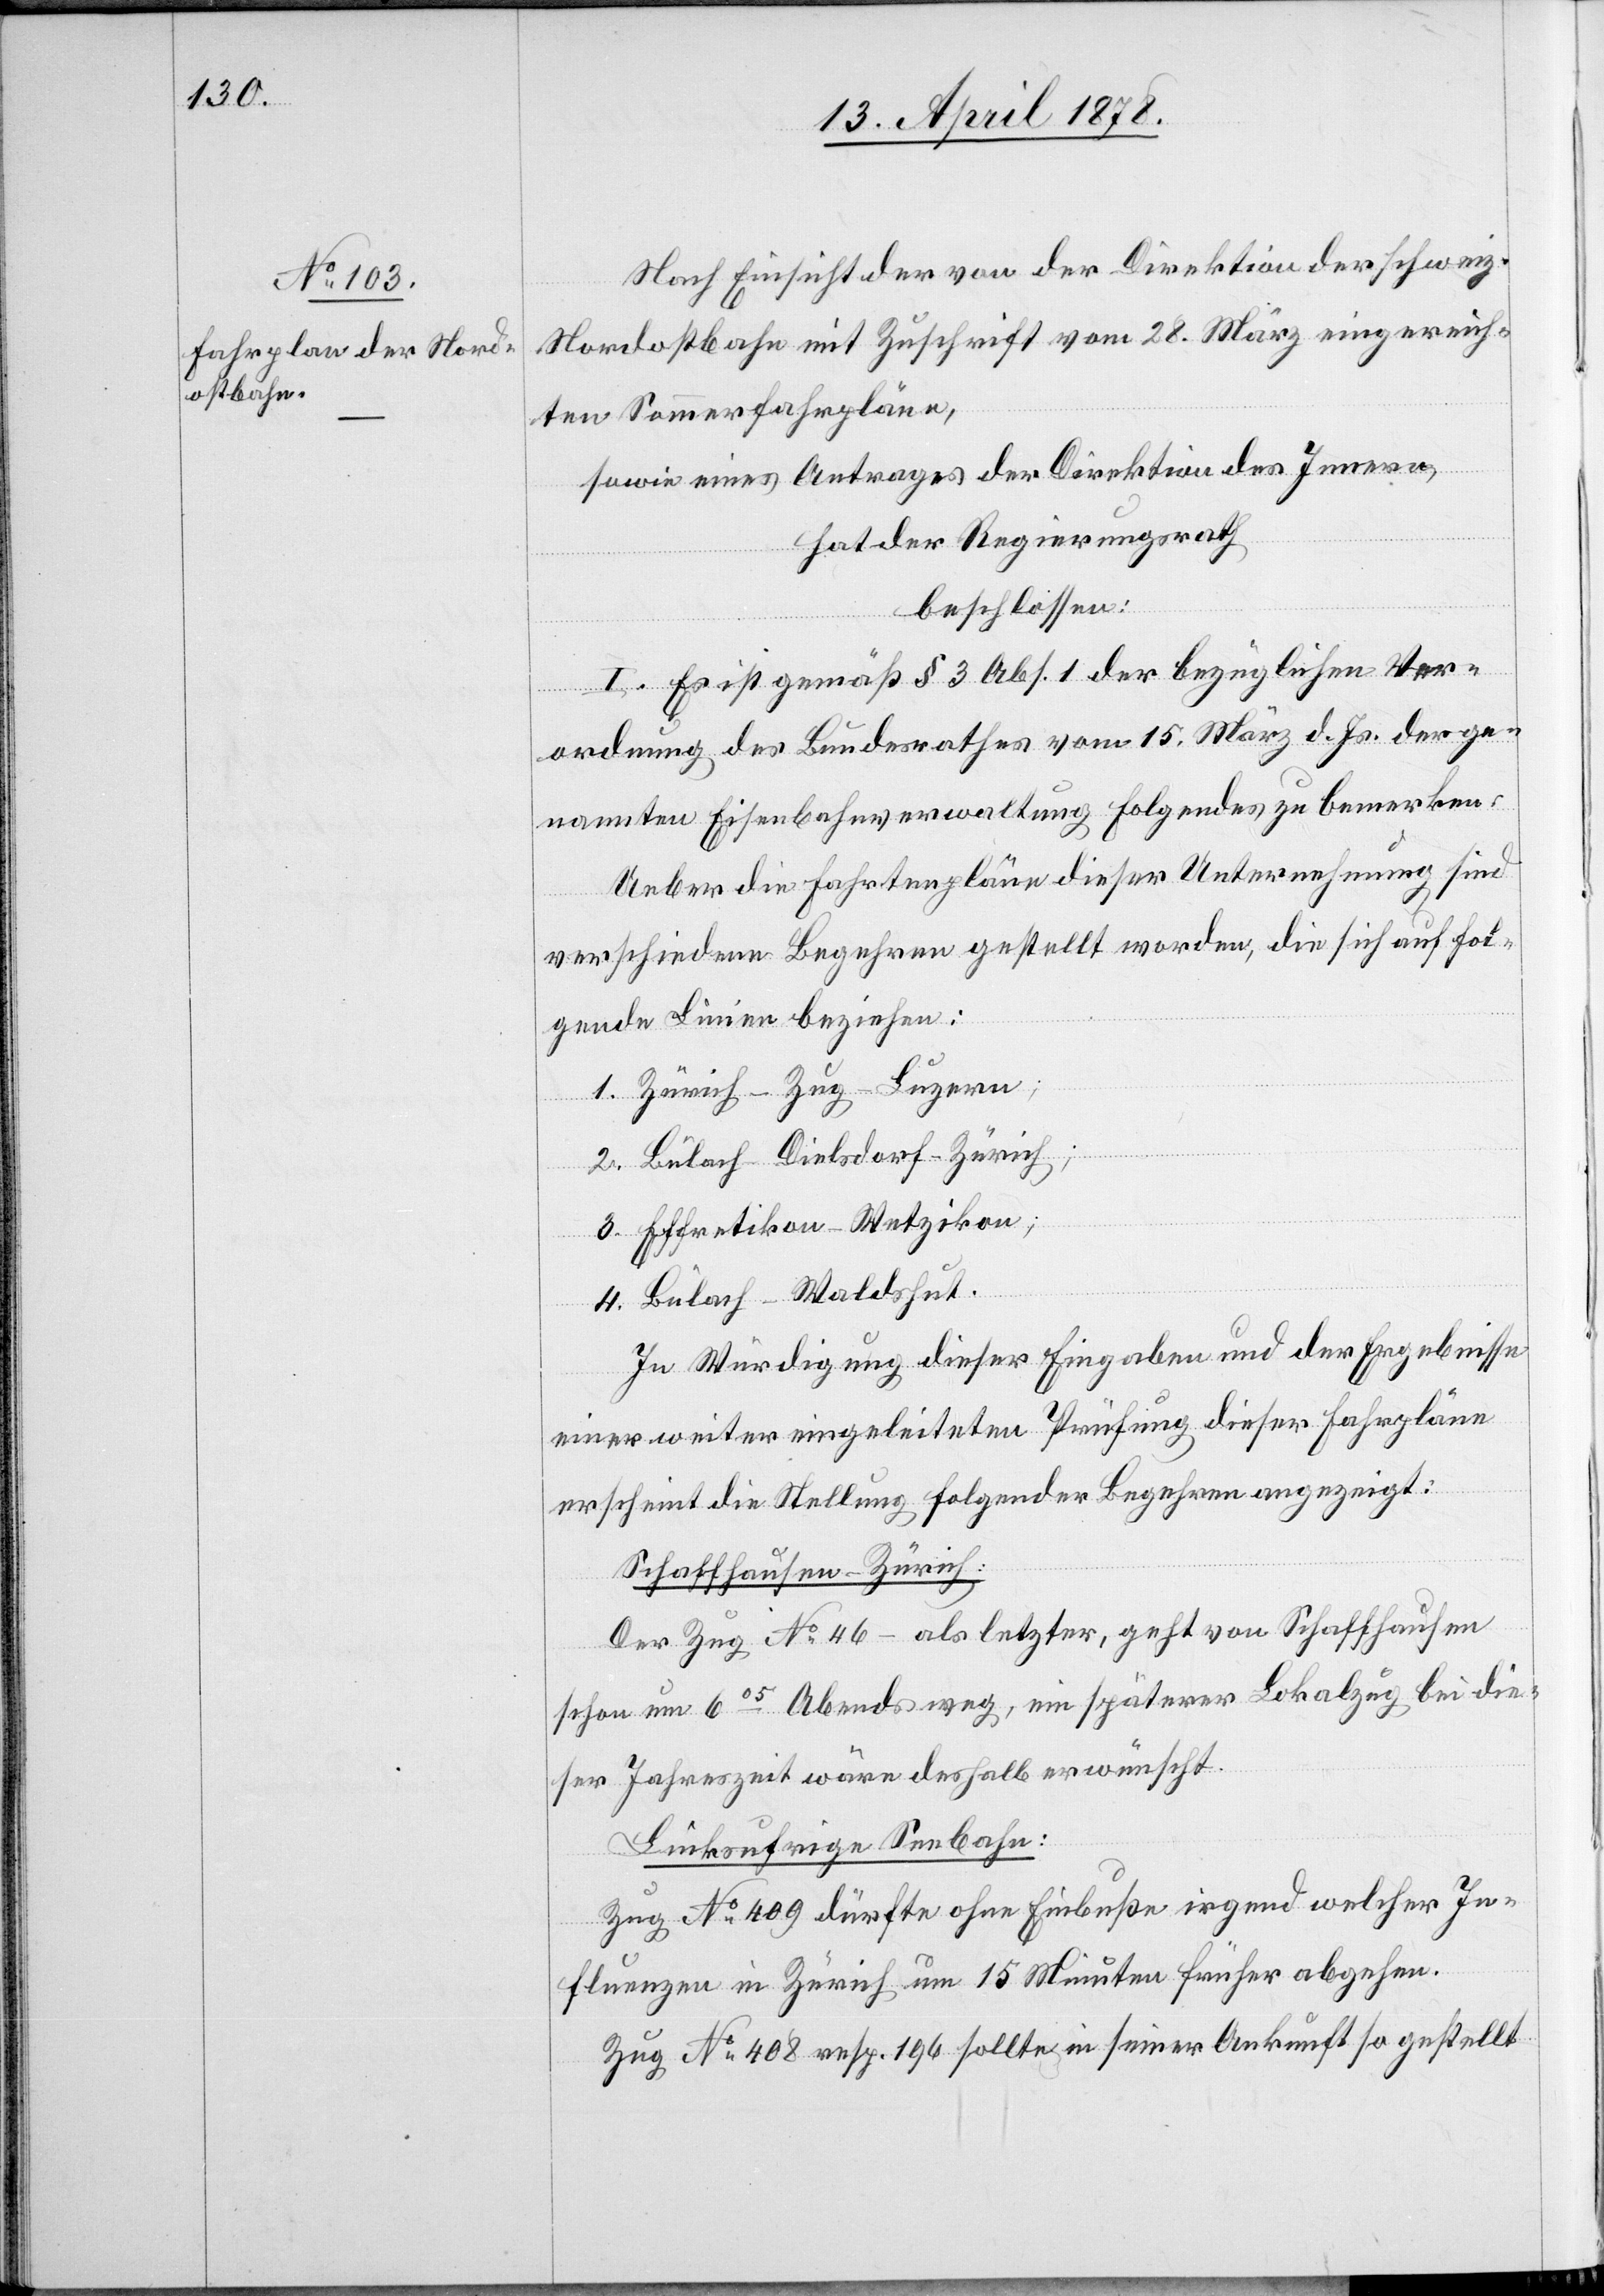
Nach Einsicht der von der Direktion der schweiz.
Nordostbahn mit Zuschrift vom 28. März eingereich¬
ten Sommerfahrpläne,
sowie eines Antrages der Direktion des Innern,
hat der Regierungsrath
beschlossen:
I. Es ist gemäß § 3 Abs. 1 der bezüglichen Ver¬
ordnung des Bundesrathes vom 15. März d. Js. der ge¬
nannten Eisenbahnverwaltung folgendes zu bemerken:
Ueber die Fahrtenpläne dieser Unternehmung sind
verschiedene Begehren gestellt worden, die sich auf fol¬
gende Linien beziehen:
1. Zürich–Zug–Luzern;
2. Bülach–Dielsdorf–Zürich;
3. Effretikon–Wetzikon;
4. Bülach–Waldshut.
In Würdigung dieser Eingaben und der Ergebnisse
einer weiter eingeleiteten Prüfung dieser Fahrpläne
erscheint die Stellung folgender Begehren angezeigt:
Schaffhausen–Zürich:
Der Zug No 46 – als letzter, geht von Schaffhausen
schon um 605 Abends weg, ein späterer Lokalzug bei die¬
ser Jahreszeit wäre deshalb erwünscht.
Linksufrige Seebahn:
Zug No 409 dürfte ohne Einbuße irgend welcher In¬
fluenzen in Zürich um 15 Minuten früher abgehen.
Zug No 408 resp. 196 sollte in seiner Ankunft so gestellt